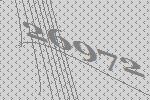
26972